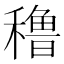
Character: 穞